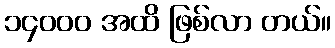
၁၄၀၀၀ အထိ ဖြစ်လာ တယ်။